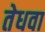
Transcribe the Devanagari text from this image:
तेधवा